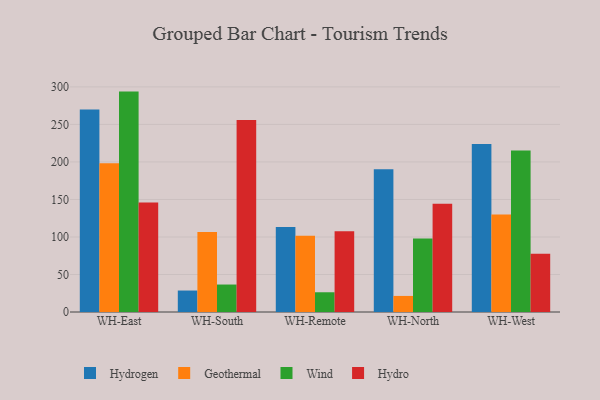
{"axis": {"x": "Warehouse", "y": "Operating Costs (USD K)"}, "legend": ["Geothermal", "Hydro", "Hydrogen", "Wind"], "data": [{"x": "WH-East", "y": 269.9, "type": "Hydrogen"}, {"x": "WH-East", "y": 198.2, "type": "Geothermal"}, {"x": "WH-East", "y": 293.7, "type": "Wind"}, {"x": "WH-East", "y": 145.9, "type": "Hydro"}, {"x": "WH-South", "y": 28.6, "type": "Hydrogen"}, {"x": "WH-South", "y": 106.5, "type": "Geothermal"}, {"x": "WH-South", "y": 36.6, "type": "Wind"}, {"x": "WH-South", "y": 255.9, "type": "Hydro"}, {"x": "WH-Remote", "y": 113.3, "type": "Hydrogen"}, {"x": "WH-Remote", "y": 101.5, "type": "Geothermal"}, {"x": "WH-Remote", "y": 26.3, "type": "Wind"}, {"x": "WH-Remote", "y": 107.7, "type": "Hydro"}, {"x": "WH-North", "y": 190.1, "type": "Hydrogen"}, {"x": "WH-North", "y": 21.4, "type": "Geothermal"}, {"x": "WH-North", "y": 97.8, "type": "Wind"}, {"x": "WH-North", "y": 144.1, "type": "Hydro"}, {"x": "WH-West", "y": 223.8, "type": "Hydrogen"}, {"x": "WH-West", "y": 130.0, "type": "Geothermal"}, {"x": "WH-West", "y": 215.1, "type": "Wind"}, {"x": "WH-West", "y": 77.7, "type": "Hydro"}]}